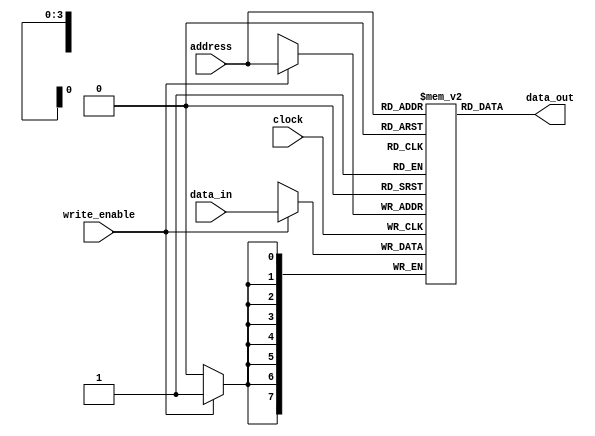

module ram(
	input        clock,
	input        write_enable,
	input  [3:0] address,
	input  [7:0] data_in,
	output [7:0] data_out
);

	reg [7:0] ram [15:0];
	
	always @(posedge clock)
		if(write_enable)
			ram[address] <= data_in;
			
	assign data_out = ram[address];

endmodule